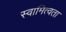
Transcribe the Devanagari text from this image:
स्वामित्वता